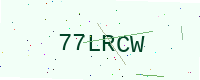
Text: 77LRCW